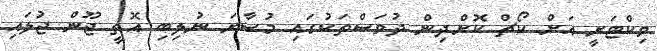
ވިކްޓަރީ އަށް ކޯޗް ކޮށްދިން ދުވަސްތަކުގައި މުސާރަ ނުލިބި އޮތީ ޖޫން ޖުލައި